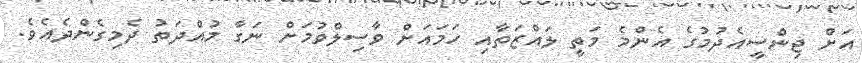
އަށް ޖިންސީއެދުމުގެ އެންމެ މަތީ ލައްޒަތާއި ހަމައަށް ވާސިލްވުމަށް ނަގާ މުއްދަތު ދެމިގެންދެއެވެ.